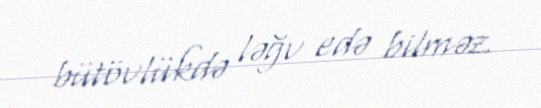
bütövlükdə ləğv edə bilməz.